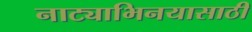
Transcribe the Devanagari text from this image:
नाट्याभिनयासाठी